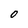
Character: O